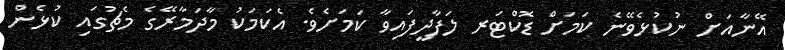
އޭނާއަށް ނުކުޅެވޭނެ ކަމަށް ޑޮކްޓަރ ލަފާދީފައިވާ ކަމަށެވެ. އެކަމަކު މާދަމާރޭގެ މެޗުގައި ކުޅެން